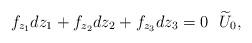
LaTeX: \begin{align*}f_{z_1}dz_1+f_{z_2}dz_2+f_{z_3}dz_3=0 ~ ~\widetilde{U}_0,\end{align*}